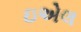
ઇએલ